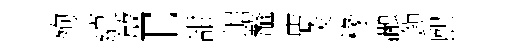
殉藴敏E甜崌鼇店灸椽瀜鎭熙